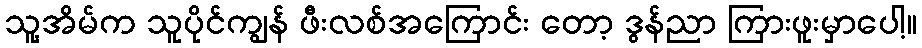
သူ့အိမ်က သူပိုင်ကျွန် ဖီးလစ်အကြောင်း တော့ ဒွန်ညာ ကြားဖူးမှာပေါ့။